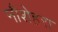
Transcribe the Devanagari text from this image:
नौशेहरा